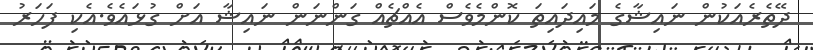
ދޭތެރެއަކުން ނައިޝާގެ މައިދައިތަ ކޮންމެވެސް އެއްޗެއް ގަންނަން ނައިޝާ އަށް ގުޅައެވެ.އެކި ފަހަރު